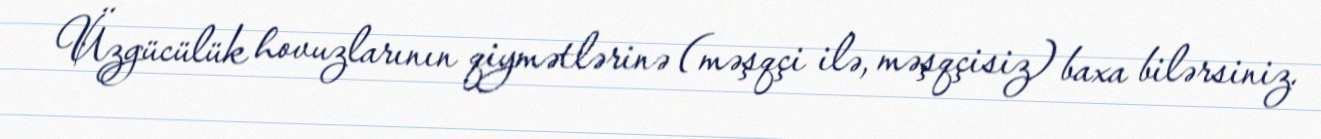
Üzgücülük hovuzlarının qiymətlərinə (məşqçi ilə, məşqçisiz) baxa bilərsiniz.